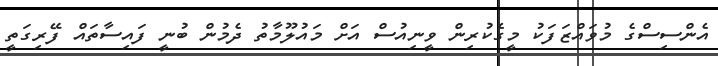
އެންސިސްގެ މުވައްޒަފަކު މީގެކުރިން ވީނިއުސް އަށް މައުލޫމާތު ދެމުން ބުނީ ފައިސާތައް ފޭރިގަތީ